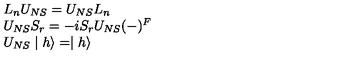
\begin{array} { l } { L _ { n } U _ { N S } = U _ { N S } L _ { n } } \\ { U _ { N S } S _ { r } = - i S _ { r } U _ { N S } ( - ) ^ { F } } \\ { U _ { N S } \mid h \rangle = \mid h \rangle } \\ \end{array}